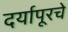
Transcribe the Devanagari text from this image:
दर्यापूरचे